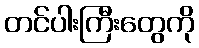
တင်ပါးကြီးတွေကို